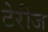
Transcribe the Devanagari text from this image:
टेरीज